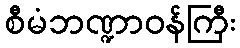
စီမံဘဏ္ဍာဝန်ကြီး